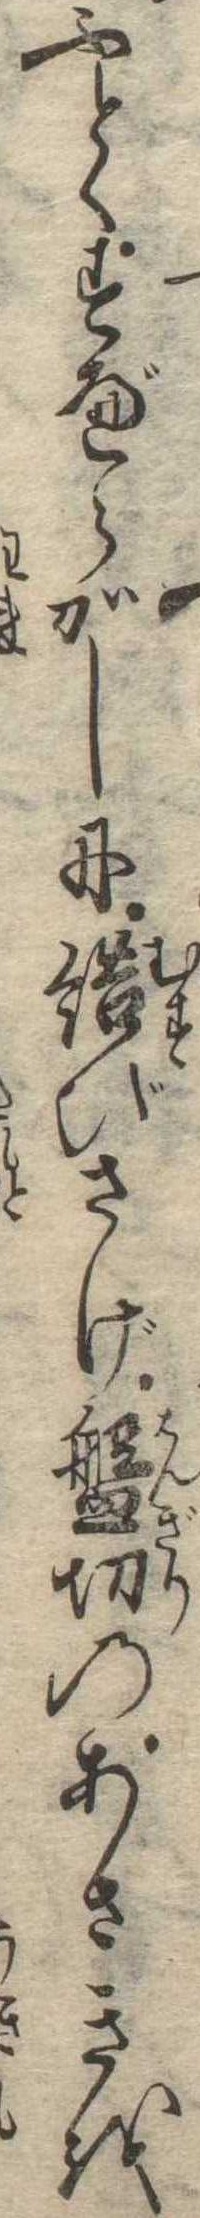
ふとくすべらかしに結びさげ盤切のあさきを